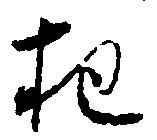
把